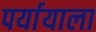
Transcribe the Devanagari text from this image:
पर्यायाला